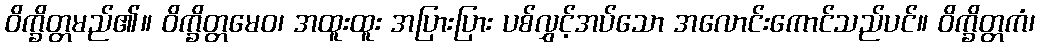
ဝိက္ခိတ္တမည်၏။ ဝိက္ခိတ္တမေဝ၊ အထူးထူး အပြားပြား ပစ်လွှင့်အပ်သော အလောင်းကောင်သည်ပင်။ ဝိက္ခိတ္တကံ၊